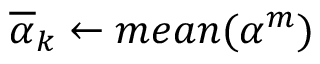
{ \overline { { \alpha } } } _ { k } \gets m e a n ( \alpha ^ { m } )